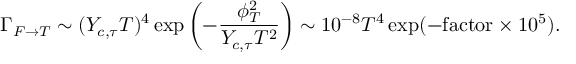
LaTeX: \Gamma _ { F \rightarrow T } \sim ( Y _ { c , \tau } T ) ^ { 4 } \exp \left( - \frac { \phi _ { T } ^ { 2 } } { Y _ { c , \tau } T ^ { 2 } } \right) \sim 1 0 ^ { - 8 } T ^ { 4 } \exp ( - \mathrm { f a c t o r } \times 1 0 ^ { 5 } ) .